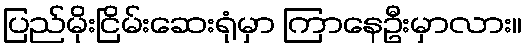
ပြည်မိုးငြိမ်းဆေးရုံမှာ ကြာနေဦးမှာလား။